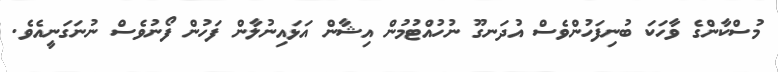
މުސްކާންގެ ވާހަކަ ބުނިފަހުންވެސް އުދަނގޫ ނުހުއްޓުމުން އިޝާން އަޅައިނުލާން ފަހުން ފޯނުވެސް ނުނަގަނީއެވެ.